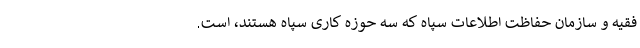
فقیه و سازمان حفاظت اطلاعات سپاه که سه حوزه کاری سپاه هستند، است.